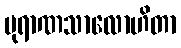
ပုရာဏသာလောဟိတာ